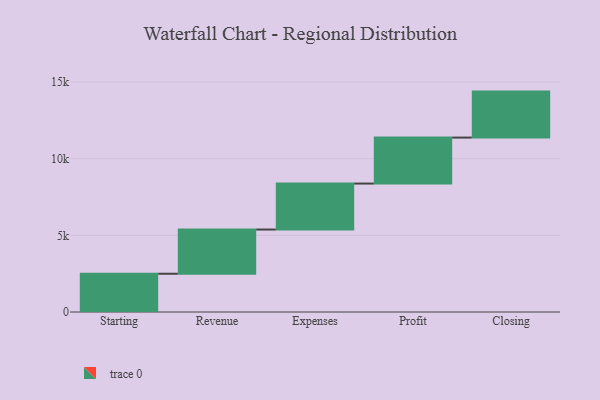
{"axis": {"x": "Step", "y": "Value"}, "legend": [""], "data": [{"x": "Starting", "y": 2496.0, "type": ""}, {"x": "Revenue", "y": 2884.0, "type": ""}, {"x": "Expenses", "y": 3000, "type": ""}, {"x": "Profit", "y": 3000, "type": ""}, {"x": "Closing", "y": 3000, "type": ""}]}